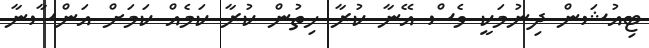
ޓިއުޝަން ދިނުމަކީ ވެސް އޭނާ ކުރާ ހިތުން ކުރާ ކަމެއް ކަމަށް އަންސާނާ